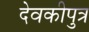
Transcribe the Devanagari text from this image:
देवकीपुत्र